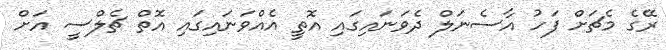
ރޭގެ މެޗަށް ފަހު އާސެނަލް ދެވަނައިގައި އޮތީ އެއްވަނައިގައި އޮތް ޗެލްސީ އަށް